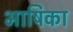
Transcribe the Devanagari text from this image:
भाषिका